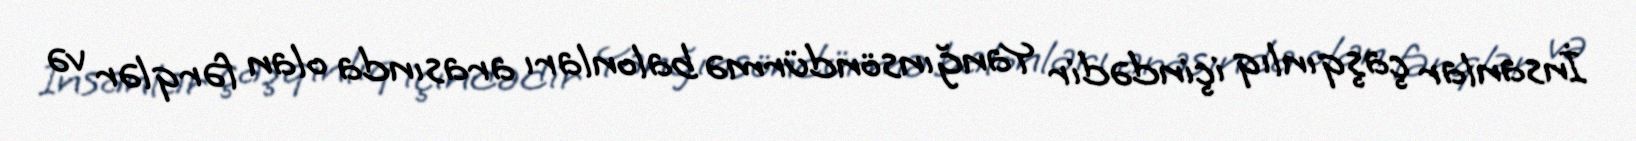
İnsanlar çaşqınlıq içindədir Yanğınsöndürmə balonları arasında olan fərqlər və